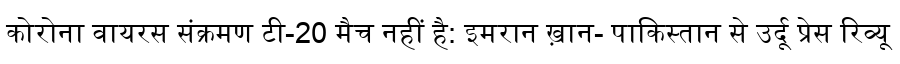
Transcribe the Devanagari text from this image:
कोरोना वायरस संक्रमण टी-20 मैच नहीं है: इमरान ख़ान- पाकिस्तान से उर्दू प्रेस रिव्यू